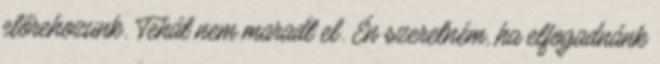
előrehozunk. Tehát nem maradt el. Én szeretném, ha elfogadnánk